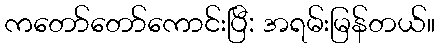
ကတော်တော်ကောင်းပြီ: အရမ်းမြန်တယ်။